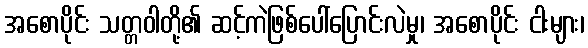
အစောပိုင်း သတ္တဝါတို့၏ ဆင့်ကဲဖြစ်ပေါ်ပြောင်းလဲမှု၊ အစောပိုင်း ငါးများ၊